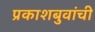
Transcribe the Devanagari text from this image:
प्रकाशबुवांची